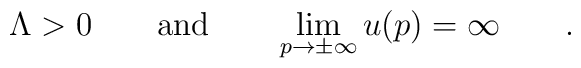
\Lambda>0\qquad {\rm and}\qquad\lim_{p\to\pm\infty}u(p)=\infty\qquad .